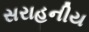
સરાહનીય